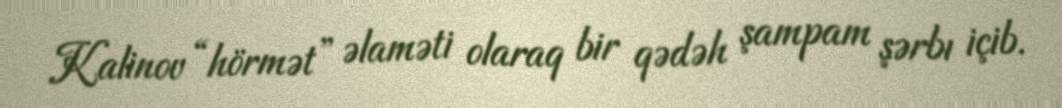
Kalinov “hörmət” əlaməti olaraq bir qədəh şampam şərbı içib.